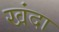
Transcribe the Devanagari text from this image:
खंदा